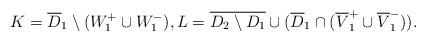
LaTeX: \begin{align*}K =\overline D_1 \setminus (W^+_1\cup W^-_1), L= \overline{D_2\setminus D_1} \cup (\overline D_1\cap (\overline V^+_1\cup \overline V^-_1)).\end{align*}